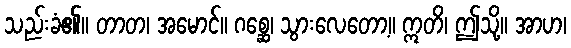
သည်းခံ၏။ တာတ၊ အမောင်။ ဂစ္ဆေ၊ သွားလေတော့။ ဣတိ၊ ဤသို့။ အာဟ၊